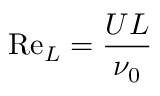
\mathrm { R e } _ { L } = { \frac { U L } { \nu _ { 0 } } }